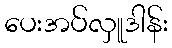
ပေးအပ်လှူဒါန်း